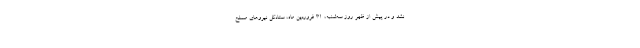
نشد و در پیش از ظهر روز سه‌شنبه، ۳۱ فروردین ماه، ستادکل نیروهای مسلح